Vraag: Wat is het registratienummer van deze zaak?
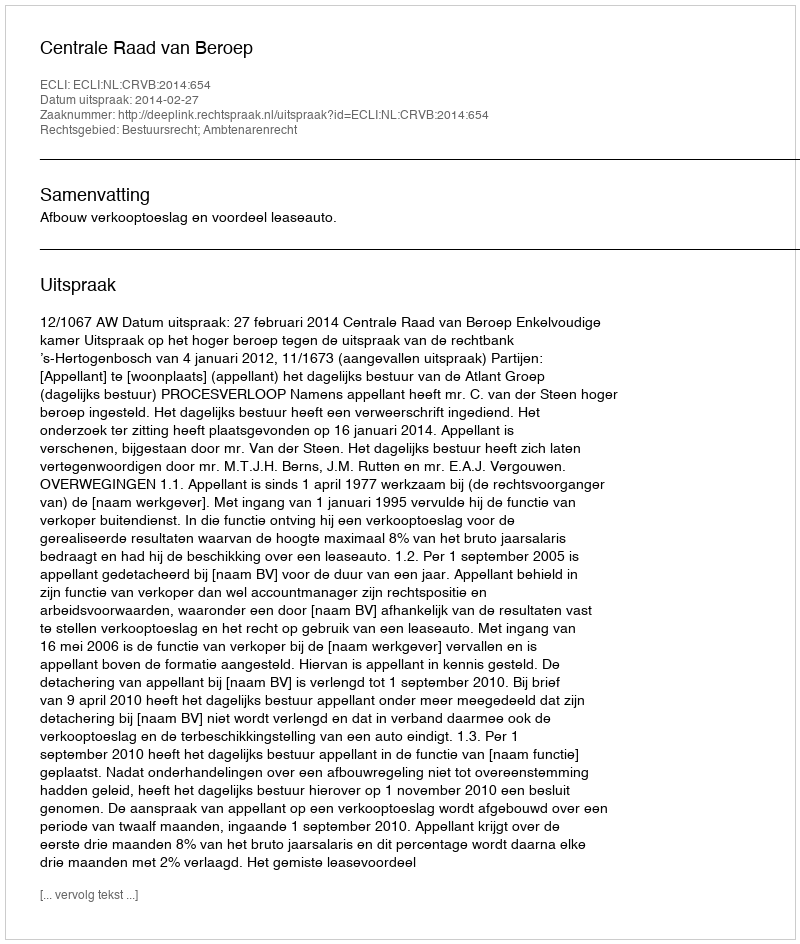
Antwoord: http://deeplink.rechtspraak.nl/uitspraak?id=ECLI:NL:CRVB:2014:654